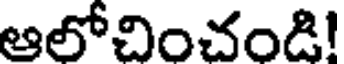
ఆలోచించండి!